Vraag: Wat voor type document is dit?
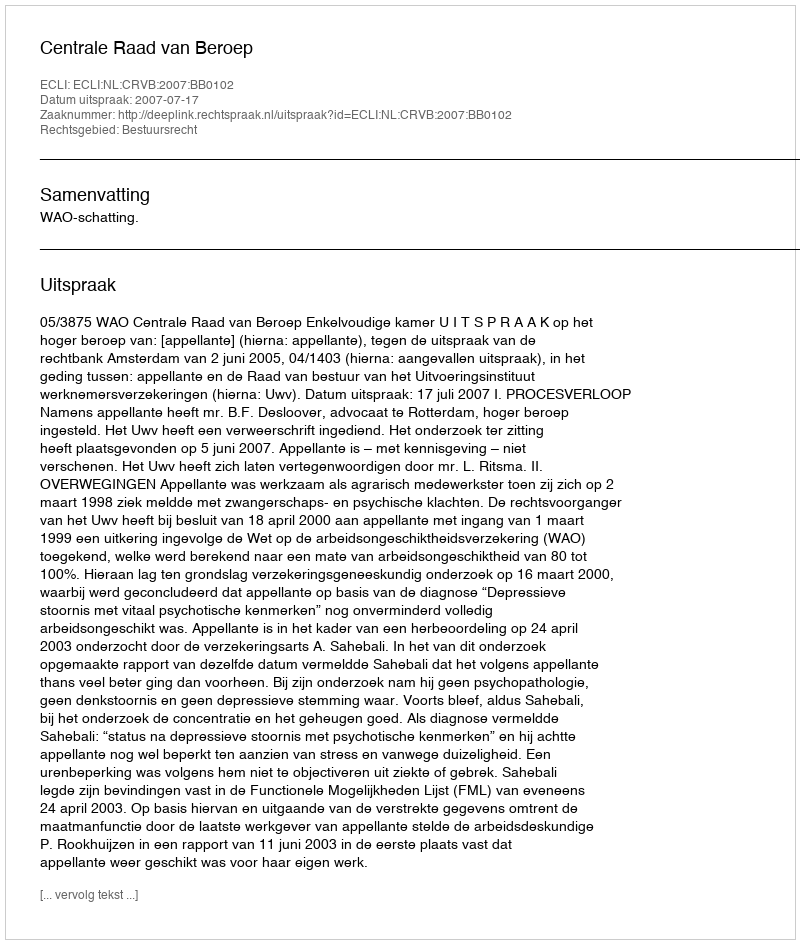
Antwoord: Uitspraak